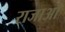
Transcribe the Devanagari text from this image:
राजाऔं